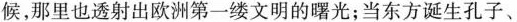
候，那里也透射出欧洲第一缕文明的曙光；当东方诞生孔子、